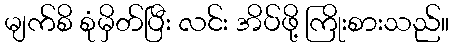
မျက်စိ စုံမှိတ်ပြီး လင်း အိပ်ဖို့ ကြိုးစားသည်။